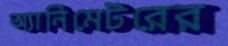
অ্যানিমেটরের